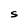
Character: S